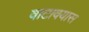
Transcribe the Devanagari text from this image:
वाटावयास